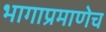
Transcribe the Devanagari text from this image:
भागाप्रमाणेच